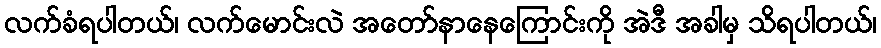
လက်ခံရပါတယ်၊ လက်မောင်းလဲ အတော်နာနေကြောင်းကို အဲဒီ အခါမှ သိရပါတယ်၊